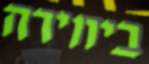
ביחידה